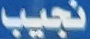
نجيب